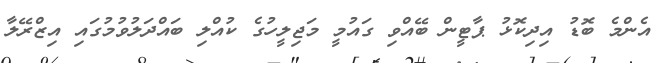
އެންމެ ބޮޑު އިދިކޮޅު ޕާޓީން ބޭއްވި ގައުމީ މަޖިލީހުގެ ކުއްލި ބައްދަލުވުމުގައި އިޒްރޭލާ